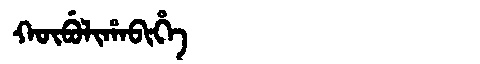
Manchu: ᡴᡡᠪᡠᠯᡳᡥᠠᠪᡳᡥᡝ
Romanization: KŪBULIHABIHE